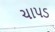
ચાપડ